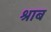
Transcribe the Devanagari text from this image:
श्राब